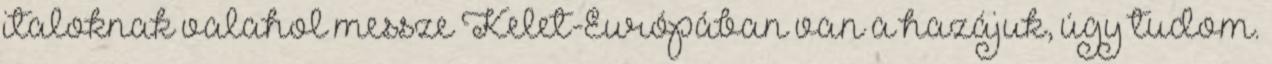
italoknak valahol messze Kelet-Európában van a hazájuk, úgy tudom.